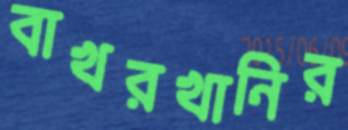
বাখরখানির